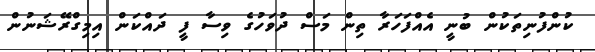
ކުންފުނިތަކުން ބުނީ އެއްފަހަރާ ތިން މަސް ދުވަހުގެ ވިސާ ފީ ދައްކަން އިމިގްރޭޝަނުން